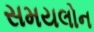
સમયલોન